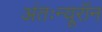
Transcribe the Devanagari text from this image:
अंतःन्यूरॉन